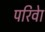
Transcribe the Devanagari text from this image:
परिवेा